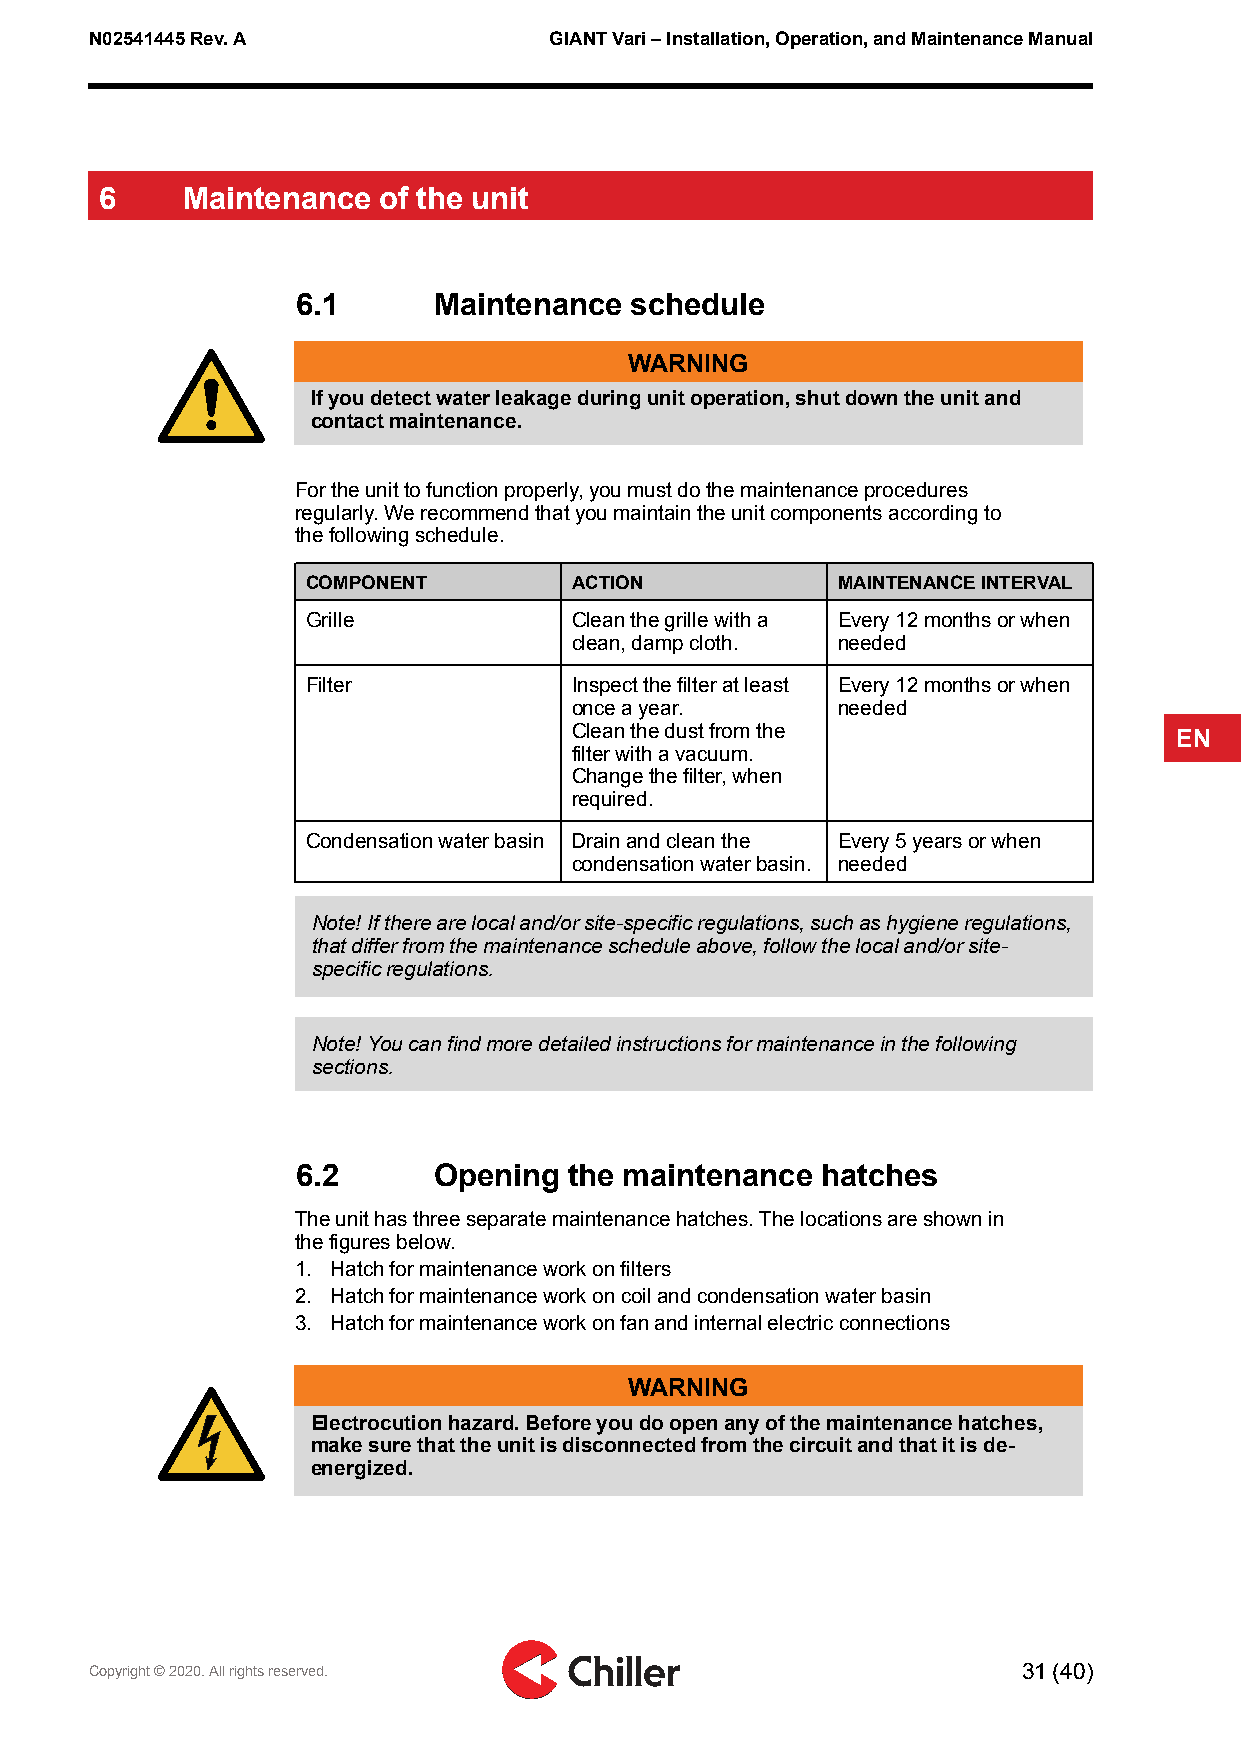
N02541445Rev.A                GIANTVari–Installation,Operation,andMaintenanceManual
 6    Maintenance  of the unit
 6.1      Maintenance  schedule
 WARNING
 Ifyoudetectwaterleakageduringunitoperation,shutdowntheunitand
 contactmaintenance.
 Fortheunittofunctionproperly,youmustdothemaintenanceprocedures
 regularly.Werecommendthatyoumaintaintheunitcomponentsaccordingto
 thefollowingschedule.
 COMPONENT         ACTION           MAINTENANCEINTERVAL
 Grille            Cleanthegrillewitha Every12monthsorwhen
 clean,dampcloth. needed
 Filter            Inspectthefilteratleast Every12monthsorwhen
 onceayear.       needed
 Cleanthedustfromthe
 EN
 filterwithavacuum.
 Changethefilter,when
 required.
 Condensationwaterbasin Drainandcleanthe Every5yearsorwhen
 condensationwaterbasin. needed
 Note!Iftherearelocaland/orsite-specificregulations,suchashygieneregulations,
 thatdifferfromthemaintenancescheduleabove,followthelocaland/orsite-
 specificregulations.
 Note!Youcanfindmoredetailedinstructionsformaintenanceinthefollowing
 sections.
 6.2      Opening  the maintenance hatches
 Theunithasthreeseparatemaintenancehatches.Thelocationsareshownin
 thefiguresbelow.
 1. Hatchformaintenanceworkonfilters
 2. Hatchformaintenanceworkoncoilandcondensationwaterbasin
 3. Hatchformaintenanceworkonfanandinternalelectricconnections
 WARNING
 Electrocutionhazard.Beforeyoudoopenanyofthemaintenancehatches,
 makesurethattheunitisdisconnectedfromthecircuitandthatitisde-
 energized.
 Copyright©2020.Allrightsreserved.                             31(40)